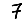
Digit: 7